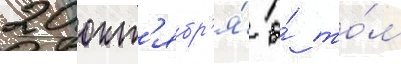
20 окт'ябр'я́ о́ то́м